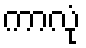
ကာလုံ